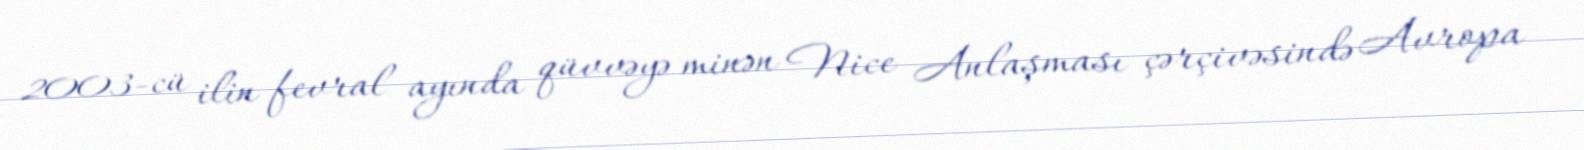
2003-cü ilin fevral ayında qüvvəyə minən Nice Anlaşması çərçivəsində Avropa